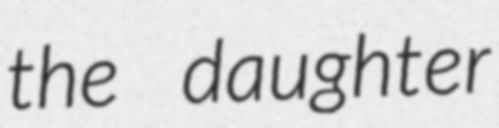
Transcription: the daughter